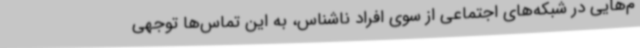
م‌هایی در شبکه‌های اجتماعی از سوی افراد ناشناس، به این تماس‌ها توجهی